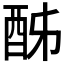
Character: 𨠓